Supplement to the account of plague administration in the Bombay Presidency from September 1896 till May 1897
Year: 1896
Disease focus: Plague
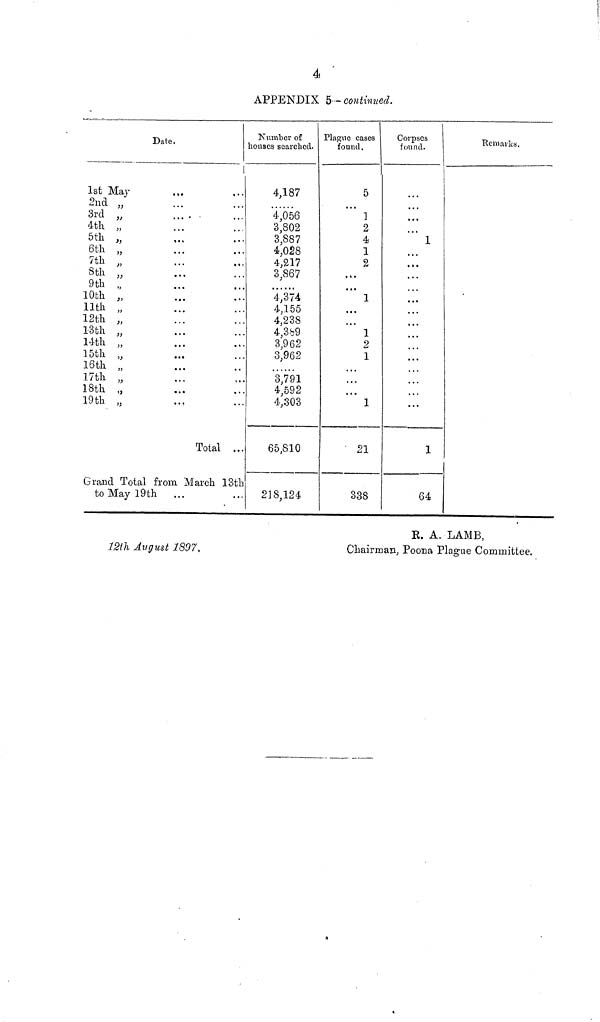
4
APPENDIX 5 - continued.
Date,
1st May
2nd „
3rd „
4th „
5th „
6th „
7th „
8th „
9th ,,
10th ,,
11th ,,
12th ,,
13th ,,
14th ,
15th ,
16th ,,
17th ,
18th ,,
19th ,,
...
...
...
...
...
...
...
...
...
...
...
...
...
...
...
...
...
...
...
...
...
...
...
...
...
...
...
...
Total ...
Grand Total from March 13th
to May 19th ...
Number of
houses searched.
4,187
4,056
3,802
3,887
4,028
4,217
3,867
4,374
4,155
4,238
4,389
3,962
3,962
3,791
4,592
4,303
65,810
218,124
Plague cases
found.
5
...
1
2
4
1
2
...
...
1
...
...
1
2
1
...
...
...
1
21
338
Corpses
found.
...
...
1
...
...
...
...
...
...
...
...
...
...
1
64
Remarles.
R. A. LAMB,
12th August 1897,
Chairman, Poona Plague Committee.